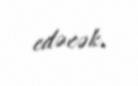
edəcək.